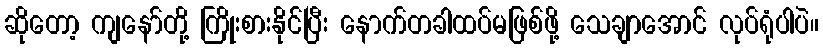
ဆိုတော့ ကျနော်တို့ ကြိုးစားနိုင်ပြီး နောက်တခါထပ်မဖြစ်ဖို့ သေချာအောင် လုပ်ရုံပါပဲ။